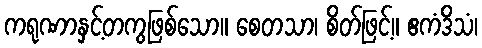
ကရုဏာနှင့်တကွဖြစ်သော။ စေတသာ၊ စိတ်ဖြင့်။ ဧကံဒိသံ၊